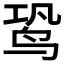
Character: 𬸉